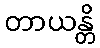
တာယန္တိ